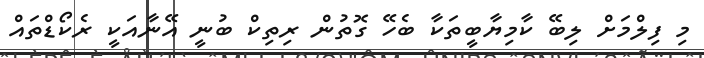
މި ފިލްމަށް ލިބޭ ކާމިޔާބީތަކާ ބެހޭ ގޮތުން ރިތިކް ބުނީ އޭނާއަކީ ރެކޯޑްތައް